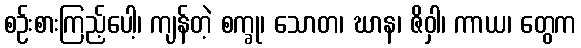
စဉ်းစားကြည့်ပေါ့၊ ကျန်တဲ့ စက္ခု၊ သောတ၊ ဃာန၊ ဇိဝှါ၊ ကာယ၊ တွေက